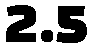
2.5